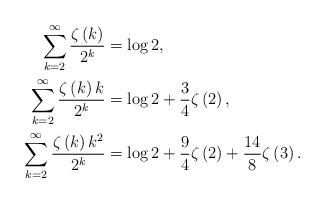
LaTeX: \begin{align*}\sum_{k=2}^{\infty}\frac{\zeta\left( k\right) }{2^{k}} & =\log2,\\\sum_{k=2}^{\infty}\frac{\zeta\left( k\right) k}{2^{k}} & =\log2+\frac{3}{4}\zeta\left( 2\right) ,\\\sum_{k=2}^{\infty}\frac{\zeta\left( k\right) k^{2}}{2^{k}} & =\log2+\frac{9}{4}\zeta\left( 2\right) +\frac{14}{8}\zeta\left( 3\right) .\end{align*}